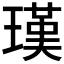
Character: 𤨢